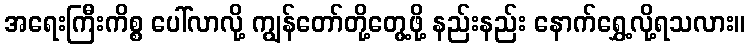
အရေးကြီးကိစ္စ ပေါ်လာလို့ ကျွန်တော်တို့တွေ့ဖို့ နည်းနည်း နောက်ရွှေ့လို့ရသလား။